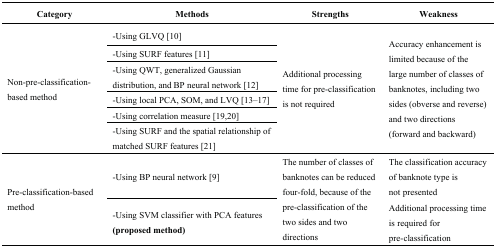
| Category | Methods | Strengths | Weakness |
 | --- | --- | --- | --- |
 | <ROWSPAN=6> Non-pre-classification-based method | -Using GLVQ [10] | <ROWSPAN=6> Additional processing time for pre-classification is not required | <ROWSPAN=6> Accuracy enhancement is limited because of the large number of classes of banknotes, including two sides (obverse and reverse) and two directions (forward and backward) |
 | -Using SURF features [11] |
 | -Using QWT, generalized Gaussian distribution, and BP neural network [12] |
 | -Using local PCA, SOM, and LVQ [13,14,15,16,17] |
 | -Using correlation measure [19,20] |
 | -Using SURF and the spatial relationship of matched SURF features [21] |
 | <ROWSPAN=2> Pre-classification-based method | -Using BP neural network [9] | <ROWSPAN=2> The number of classes of banknotes can be reduced four-fold, because of the pre-classification of the two sides and two directions | The classification accuracy of banknote type is not presented |
 | -Using SVM classifier with PCA features (proposed method) | Additional processing time is required for pre-classification |